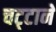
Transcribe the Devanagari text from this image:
चट्‍टानें